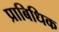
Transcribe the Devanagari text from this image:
प्राबिधिक